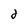
Character: 2